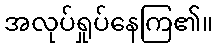
အလုပ်ရှုပ်နေကြ၏။